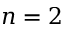
n = 2